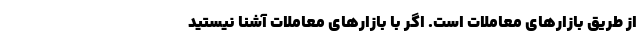
از طریق بازارهای معاملات است. اگر با بازارهای معاملات آشنا نیستید